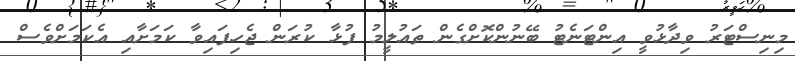
މިނިސްޓަރު ވިދާޅުވީ އިންޓަނެޓު ބޭނުންކޮށްގެން ތައުލީމު ފުޅާ ކުރަން ޖެހިފައިވާ ކަމަށާއި އެކަމަށްވެސް